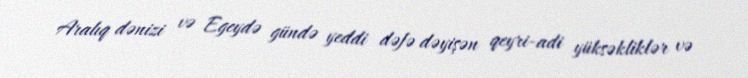
Aralıq dənizi və Egeydə gündə yeddi dəfə dəyişən qeyri-adi yüksəkliklər və